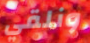
ونلقي